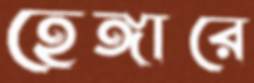
হেঙ্গারে